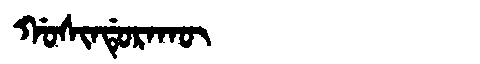
Manchu: ᡤᠣᠰᡳᠨᡩᡠᡵᠠᡴᡡ
Romanization: GOSINDURAKŪ